Indian journal of veterinary science and animal husbandry - Volumes 26-27, 1956-1957
Year: 1956
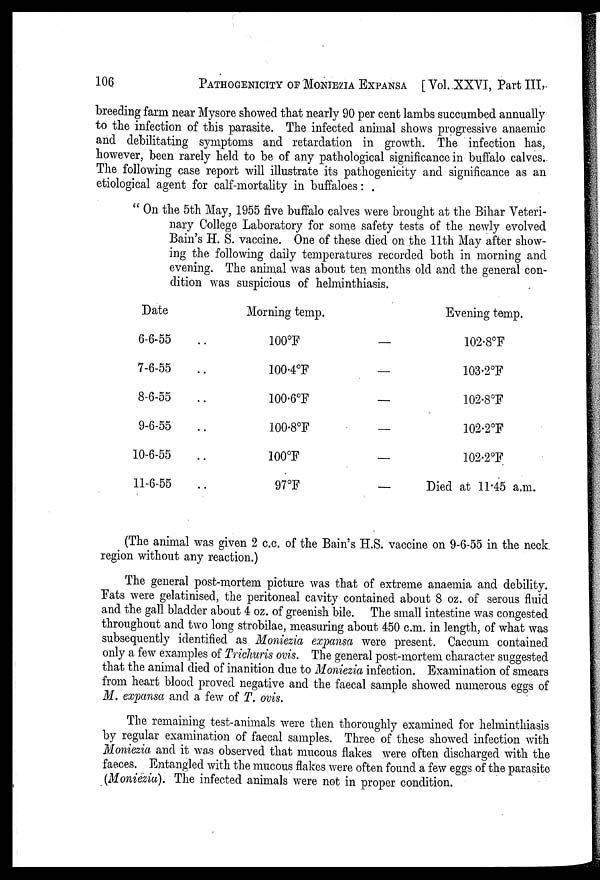
106 PATHOGENICITY OF MONIEZIA EXPANSA [ Vol. XXVI, Part III,
breeding farm near Mysore showed that nearly 90 per cent lambs succumbed annually
to the infection of this parasite. The infected animal shows progressive anaemic
and debilitating symptoms and retardation in growth. The infection has,
however, been rarely held to be of any pathological significance in buffalo calves.
The following case report will illustrate its pathogenicity and significance as an
etiological agent for calf-mortality in buffaloes :
" On the 5th May, 1955 five buffalo calves were brought at the Bihar Veteri-
nary College Laboratory for some safety tests of the newly evolved
Bain's H. S. vaccine. One of these died on the 11th May after show-
ing the following daily temperatures recorded both in morning and
evening. The animal was about ten months old and the general con-
dition was suspicious of helminthiasis.
Date
6-6-55 ..
7-6-55 ..
8-6-55 ..
9-6-55 ..
10-6-55 ..
11-6-55 ..
Morning temp.
100°F
100.4°F
100.6°F
100.8°F
100°F
97°F
—
—
—
—
—
—
Evening temp.
102.8°F
103.2°F
102.8°F
102.2°F
102.2°F
Died at 11.45 a.m.
(The animal was given 2 c.c. of the Bain's H.S. vaccine on 9-6-55 in the neck
region without any reaction.)
The general post-mortem picture was that of extreme anaemia and debility.
Fats were gelatinised, the peritoneal cavity contained about 8 oz. of serous fluid
and the gall bladder about 4 oz. of greenish bile. The small intestine was congested
throughout and two long strobilae, measuring about 450 c.m. in length, of what was
subsequently identified as Moniezia expansa were present. Caecum contained
only a few examples of Trichuris ovis. The general post-mortem character suggested
that the animal died of inanition due to Moniezia infection. Examination of smears
from heart blood proved negative and the faecal sample showed numerous eggs of
M. expansa and a few of T. ovis.
The remaining test-animals were then thoroughly examined for helminthiasis
by regular examination of faecal samples. Three of these showed infection with
Moniezia and it was observed that mucous flakes were often discharged with the
faeces. Entangled with the mucous flakes were often found a few eggs of the parasite
(Moniezia). The infected animals were not in proper condition.